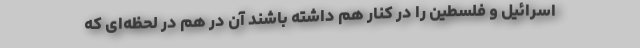
اسرائیل و فلسطین را در کنار هم داشته باشند آن در هم در لحظه‌ای که